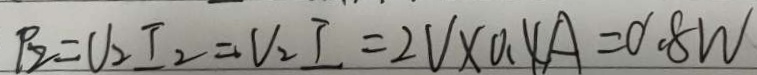
P _ { 2 } = V _ { 2 } I _ { 2 } = V _ { 2 } I = 2 V \times 0 . 4 A = 0 . 8 W